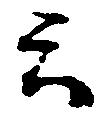
云